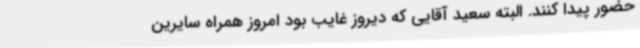
حضور پیدا کنند. البته سعید آقایی که دیروز غایب بود امروز همراه سایرین